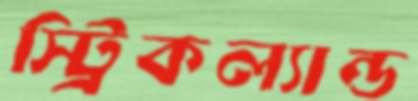
স্ট্রিকল্যান্ড